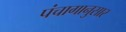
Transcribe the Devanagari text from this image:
पंंचागानुसार